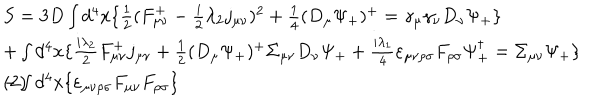
\begin{array} { l } { { S = 3 D \int d ^ { 4 } x \{ \frac { 1 } { 2 } ( F _ { \mu \nu } ^ { + } - \frac { i } { 2 } \lambda _ { 2 } j _ { \mu \nu } ) ^ { 2 } + \frac { 1 } { 4 } ( D _ { \mu } \Psi _ { + } ) ^ { + } = \gamma _ { \mu } \gamma _ { \nu } D _ { \nu } \Psi _ { + } \} } } \\ { { + \int d ^ { 4 } x \{ \frac { i \lambda _ { 2 } } { 2 } F _ { \mu \nu } ^ { + } j _ { \mu \nu } + \frac { 1 } { 2 } ( D _ { \mu } \Psi _ { + } ) ^ { + } \Sigma _ { \mu \nu } D _ { \nu } \Psi _ { + } + \frac { i \lambda _ { 1 } } { 4 } \varepsilon _ { \mu \nu \rho \sigma } F _ { \rho \sigma } \Psi _ { + } ^ { \dagger } = \Sigma _ { \mu \nu } \Psi _ { + } \} } } \\ { { - \int d ^ { 4 } x \{ \varepsilon _ { \mu \nu \rho \sigma } F _ { \mu \nu } F _ { \rho \sigma } \} \hspace { 8 . 3 c m } ( 2 ) } } \\ \end{array}